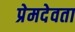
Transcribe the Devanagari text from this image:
प्रेमदेवता